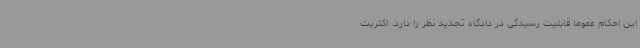
این احکام عموما قابلیت رسیدگی در دادگاه تجدید نظر را دارد. اکثریت